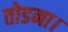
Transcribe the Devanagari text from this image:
तोडना।